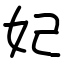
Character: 妃